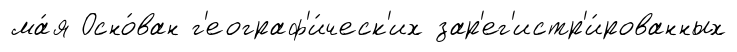
ма́я Осно́ван г'еограф'и́ческ'их зар'ег'истр'и́рованных